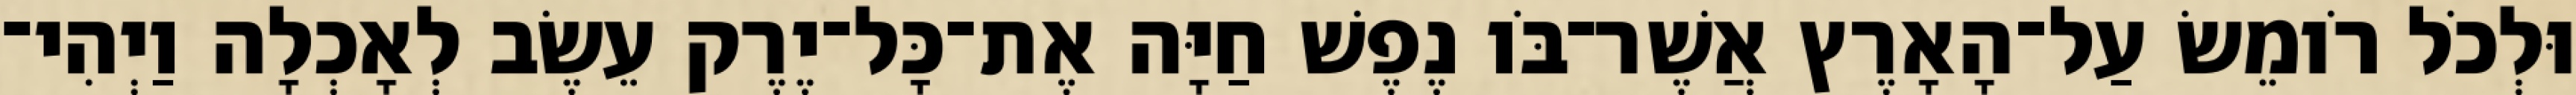
וּלְכֹל רֹומֵשׂ עַל־הָאָרֶץ אֲשֶׁר־בֹּו נֶפֶשׁ חַיָּה אֶת־כָּל־יֶרֶק עֵשֶׂב לְאָכְלָה וַיְהִי־